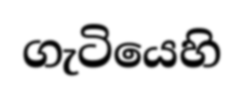
ගැටියෙහි